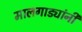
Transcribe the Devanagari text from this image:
मालगाड्यांनी